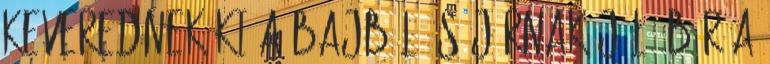
keverednek ki a bajból és járnak jól. Bár a